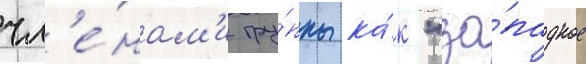
чл'е́нам'и гру́ппы ка́к "за́падное